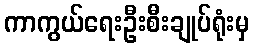
ကာကွယ်ရေးဦးစီးချုပ်ရုံးမှ